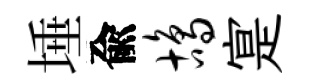
埵兪鸪寔